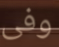
وفى